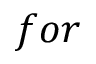
f o r